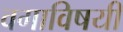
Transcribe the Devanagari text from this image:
वगाविषयी